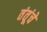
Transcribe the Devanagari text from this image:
तंतूंचे